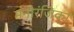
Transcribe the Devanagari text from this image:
मनोरंजिका